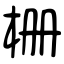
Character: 栅